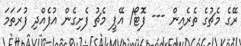
ރޭގެ މެޗުގެ ތެރެއިން --- ފޮޓޯ/ އޭޕީ މެޗު ފެށިގެން އުފެއްދި ފުރަތަމަ